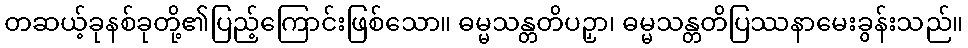
တဆယ့်ခုနစ်ခုတို့၏ပြည့်ကြောင်းဖြစ်သော။ ဓမ္မသန္တတိပဉှာ၊ ဓမ္မသန္တတိပြဿနာမေးခွန်းသည်။